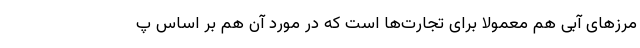
مرزهای آبی هم معمولا برای تجارت‌ها است که در مورد آن هم بر اساس پ